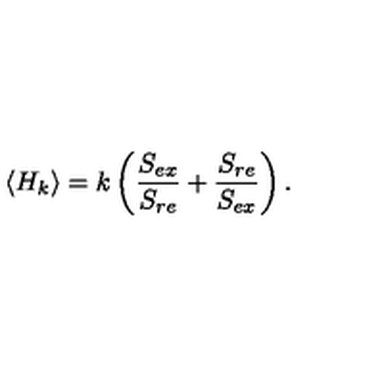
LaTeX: \langle H _ { k } \rangle = k \left( { \frac { S _ { e x } } { S _ { r e } } } + { \frac { S _ { r e } } { S _ { e x } } } \right) .